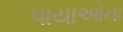
પાયાઓના